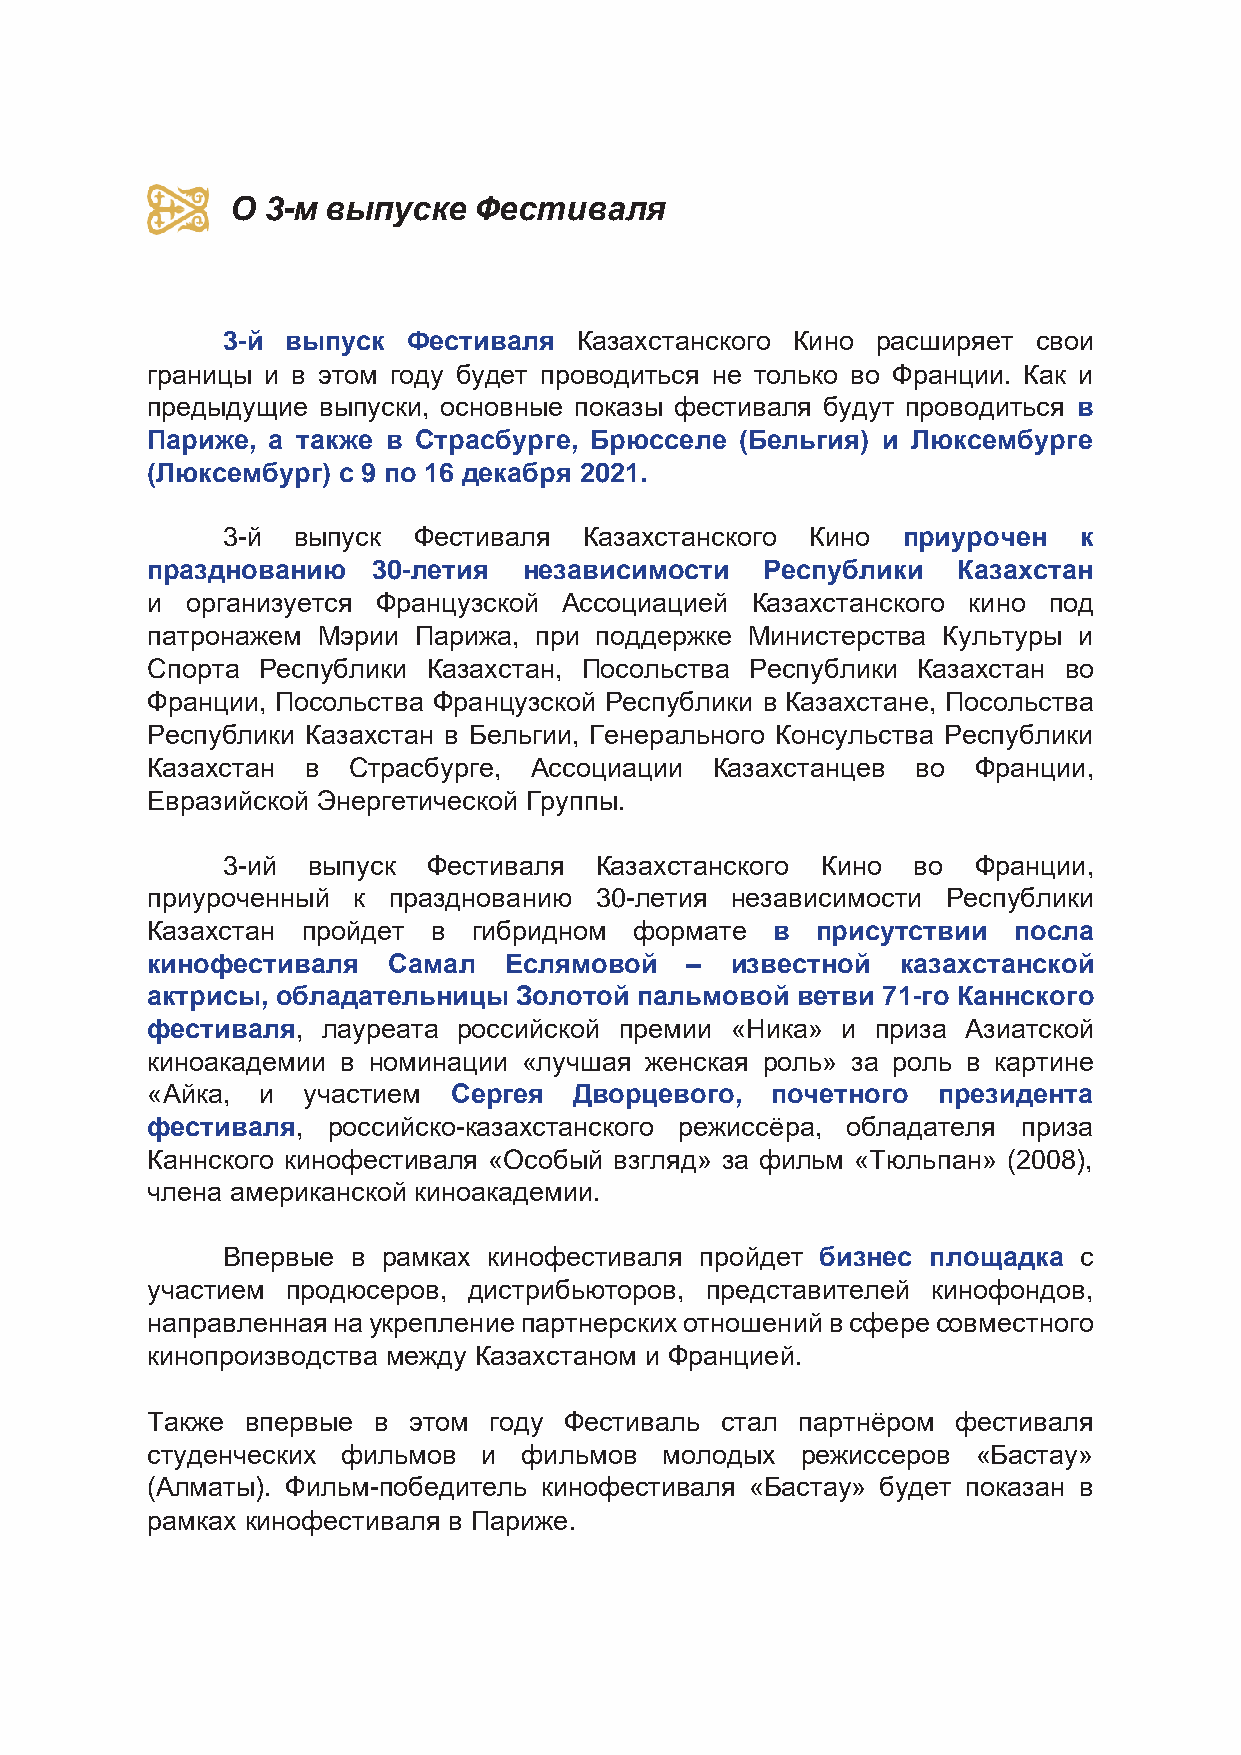
О 3-м  выпуске  Фестиваля
 3-й выпуск  Фестиваля  Казахстанского Кино расширяет  свои
 границы и в этом году будет проводиться не только во Франции. Как и
 предыдущие выпуски, основные показы фестиваля будут проводиться в
 Париже, а также в Страсбурге, Брюсселе (Бельгия) и Люксембурге
 (Люксембург) с 9 по 16 декабря 2021.
 3-й выпуск  Фестиваля   Казахстанского Кино  приурочен  к
 празднованию   30-летия  независимости   Республики  Казахстан
 и организуется Французской Ассоциацией  Казахстанского кино под
 патронажем Мэрии Парижа, при поддержке  Министерства Культуры и
 Спорта Республики Казахстан, Посольства Республики Казахстан во
 Франции, Посольства Французской Республики в Казахстане, Посольства
 Республики Казахстан в Бельгии, Генерального Консульства Республики
 Казахстан в  Страсбурге, Ассоциации  Казахстанцев  во  Франции,
 Евразийской Энергетической Группы.
 3-ий выпуск  Фестиваля  Казахстанского Кино  во   Франции,
 приуроченный к  празднованию 30-летия независимости  Республики
 Казахстан пройдет  в гибридном  формате  в  присутствии  посла
 кинофестиваля   Самал  Еслямовой   –  известной   казахстанской
 актрисы, обладательницы Золотой пальмовой  ветви 71-го Каннского
 фестиваля, лауреата российской премии «Ника»  и приза Азиатской
 киноакадемии в номинации «лучшая женская роль» за роль в картине
 «Айка, и  участием  Сергея  Дворцевого,  почетного  президента
 фестиваля,  российско-казахстанского режиссёра, обладателя приза
 Каннского кинофестиваля «Особый взгляд» за фильм «Тюльпан» (2008),
 члена американской киноакадемии.
 Впервые в рамках кинофестиваля пройдет бизнес  площадка с
 участием продюсеров, дистрибьюторов, представителей кинофондов,
 направленная на укрепление партнерских отношений в сфере совместного
 кинопроизводства между Казахстаном и Францией.
 Также впервые  в этом году Фестиваль  стал партнёром фестиваля
 студенческих фильмов  и фильмов   молодых  режиссеров  «Бастау»
 (Алматы). Фильм-победитель кинофестиваля «Бастау» будет показан в
 рамках кинофестиваля в Париже.